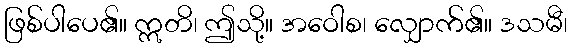
ဖြစ်ပါပေ၏။ ဣတိ၊ ဤသို့။ အဝေါစ၊ လျှောက်၏။ ဒသမီ၊